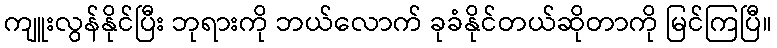
ကျူးလွန်နိုင်ပြီး ဘုရားကို ဘယ်လောက် ခုခံနိုင်တယ်ဆိုတာကို မြင်ကြပြီ။